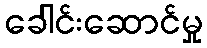
ခေါင်းဆောင်မှု